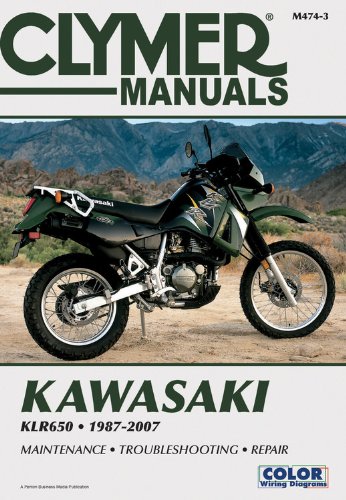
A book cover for Kawasaki KLR650 1987-2007 (Clymer Color Wiring Diagrams); Penton Staff; Engineering & Transportation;